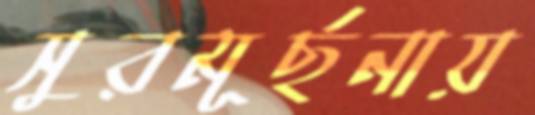
সুরমূর্ছনায়